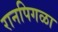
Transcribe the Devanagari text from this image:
रानपिगळा